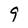
Character: 9